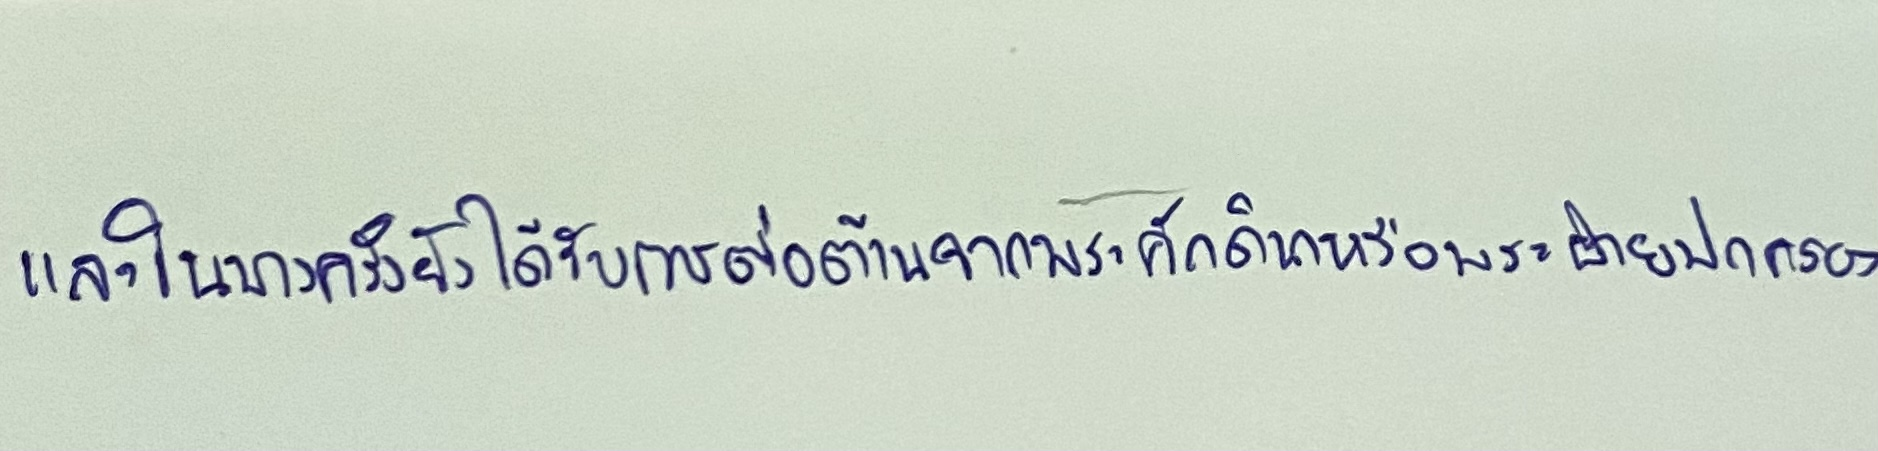
และในบางครั้งยังได้รับการต่อต้านจากพระศักดินาหรือพระฝ่ายปกครอง